Lunatic asylums Punjab 1881-1894 - 1881-1894
Year: 1881
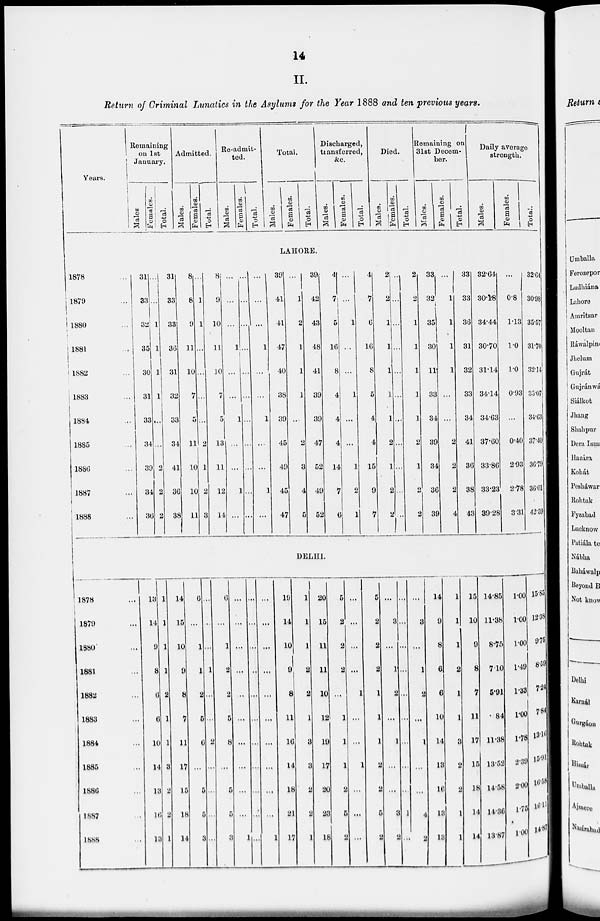
14
II.
Return of Criminal Lunatics in the Asylums for the Year 1888 and ten previous years.
Years.
Remaining
on 1st
January.
Males.
Females.
Total.
Admitted.
Males.
Females.
Total.
Re-admit-
ted.
Males.
Females.
Total.
Total.
Males.
Females.
Total.
Discharged,
transferred,
&c.
Males.
Females.
Total.
Died.
Males.
Females.
Total.
Remaining on
1st Decem-
ber.
Males.
Females.
Total.
Daily average
strength.
Males.
Females.
Total.
LAHORE.
1878 ...
1879 ...
1880 ...
1881 ...
1882 ...
1883 ...
1884 ...
1885 ...
1886 ...
1887 ...
1888 ...
31
33
32
35
30
31
33
34
39
34
36
...
...
1
1
1
1
...
...
2
2
2
31
33
33
36
31
32
33
34
41
36
38
8
8
9
11
10
7
5
11
10
10
11
...
1
1
...
...
...
...
2
1
2
3
8
9
10
11
10
7
5
13
11
12
14
...
...
...
1
...
...
1
...
...
1
...
...
...
...
...
...
...
...
...
...
...
...
...
...
...
1
...
...
1
...
...
1
...
39
41
41
47
40
38
39
45
49
45
47
...
1
2
1
1
1
...
2
3
4
5
39
42
43
48
41
39
39
47
52
49
52
4
7
5
16
8
4
4
4
14
7
6
...
...
1
...
...
1
...
...
1
2
1
4
7
6
16
8
5
4
4
15
9
7
2
2
1
1
1
1
1
2
1
2
2
...
...
...
...
...
...
...
...
...
...
...
2
2
1
1
1
1
1
2
1
2
2
33
32
35
30
11
33
34
39
34
36
39
...
1
1
1
1
...
...
2
2
2
4
33
33
36
31
32
33
34
41
36
38
43
32.64
30.18
34.44
30.70
31.14
34.14
34.63
37.60
33.86
33.23
39.28
...
0.8
1.13
1.0
1.0
0.93
...
0.40
2.93
2.78
3.31
32.64
30.98
35.57
31.70
32.14
35.07
34.63
37.40
36.79
36.01
42.59
DELHI.
1878 ...
1879 ...
1880 ...
1881 ...
1882 ...
1883 ...
1884 ...
1885 ...
1886 ...
1887 ...
1888 ...
13
14
9
8
6
6
10
14
13
16
13
1
1
1
1
2
1
1
3
2
2
1
14
15
10
9
8
7
11
17
15
18
14
9
...
1
1
2
5
6
...
5
5
3
...
...
...
1
...
...
2
...
...
...
...
6
...
1
2
2
5
8
...
5
5
3
...
...
...
...
...
...
...
...
...
...
1
...
...
...
...
...
...
...
...
...
...
...
...
...
...
...
...
...
...
...
...
...
1
13
14
10
9
8
11
16
14
18
21
17
1
1
1
2
2
1
3
3
2
2
1
20
15
11
11
10
12
19
17
20
23
18
5
2
2
2
...
1
1
1
2
5
2
...
...
...
...
1
...
...
1
...
...
...
5
2
2
2
1
1
1
2
2
5
2
...
3
...
1
2
...
1
...
...
3
2
...
...
...
...
...
...
...
...
...
1
...
...
3
...
1
2
...
1
...
...
4
2
14
9
8
6
6
10
14
13
16
13
13
1
1
1
2
1
1
3
2
2
1
1
15
10
9
8
7
11
17
15
18
14
14
14.85
11.38
8.75
7.10
5.91
84
11.38
13.52
14.58
14.36
13.87
1.00
1.00
1.00
1.49
1.33
1.00
1.78
2.39
2.00
1.75
1.00
15.85
12.38
9.75
8.59
7.24
7.84
13.16
15.91
16.58
16.11
14.87